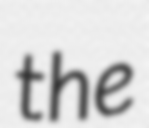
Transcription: the